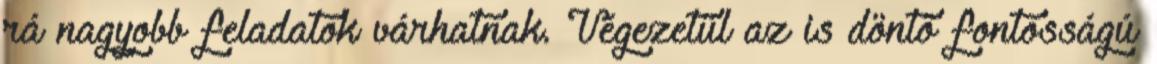
rá nagyobb feladatok várhatnak. Végezetül az is döntő fontosságú